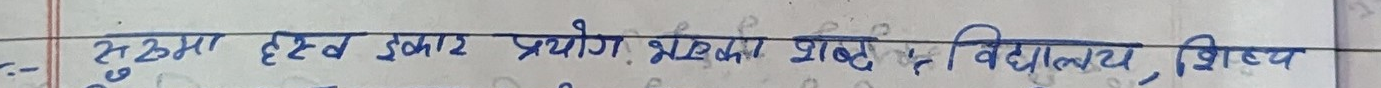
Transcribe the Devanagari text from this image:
२:- रुकमा ह्रस्व इकार प्रयोग भएका शब्द - विद्यालय, शिष्य